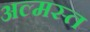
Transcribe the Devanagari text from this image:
अल्मस्त